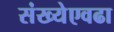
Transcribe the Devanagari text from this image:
संख्येएवढा